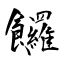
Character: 饠